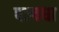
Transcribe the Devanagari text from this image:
पञ्चधा